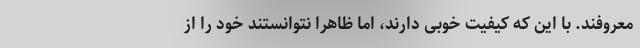
معروفند. با این که کیفیت خوبی دارند، اما ظاهرا نتوانستند خود را از